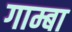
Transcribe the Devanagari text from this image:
गाम्बा